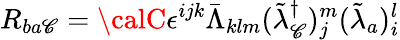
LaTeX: R_{ba\mathscr{C}}={\calC}\epsilon^{ijk}\bar{{\Lambda}}_{klm}(\tilde{{\lambda}}_{\mathscr{C}}^{\dagger})_{j}^{m}(\tilde{{\lambda}}_{a})_{i}^{l}